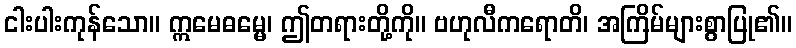
ငါးပါးကုန်သော။ ဣမေဓမ္မေ၊ ဤတရားတို့ကို။ ဗဟုလီကရောတိ၊ အကြိမ်များစွာပြု၏။